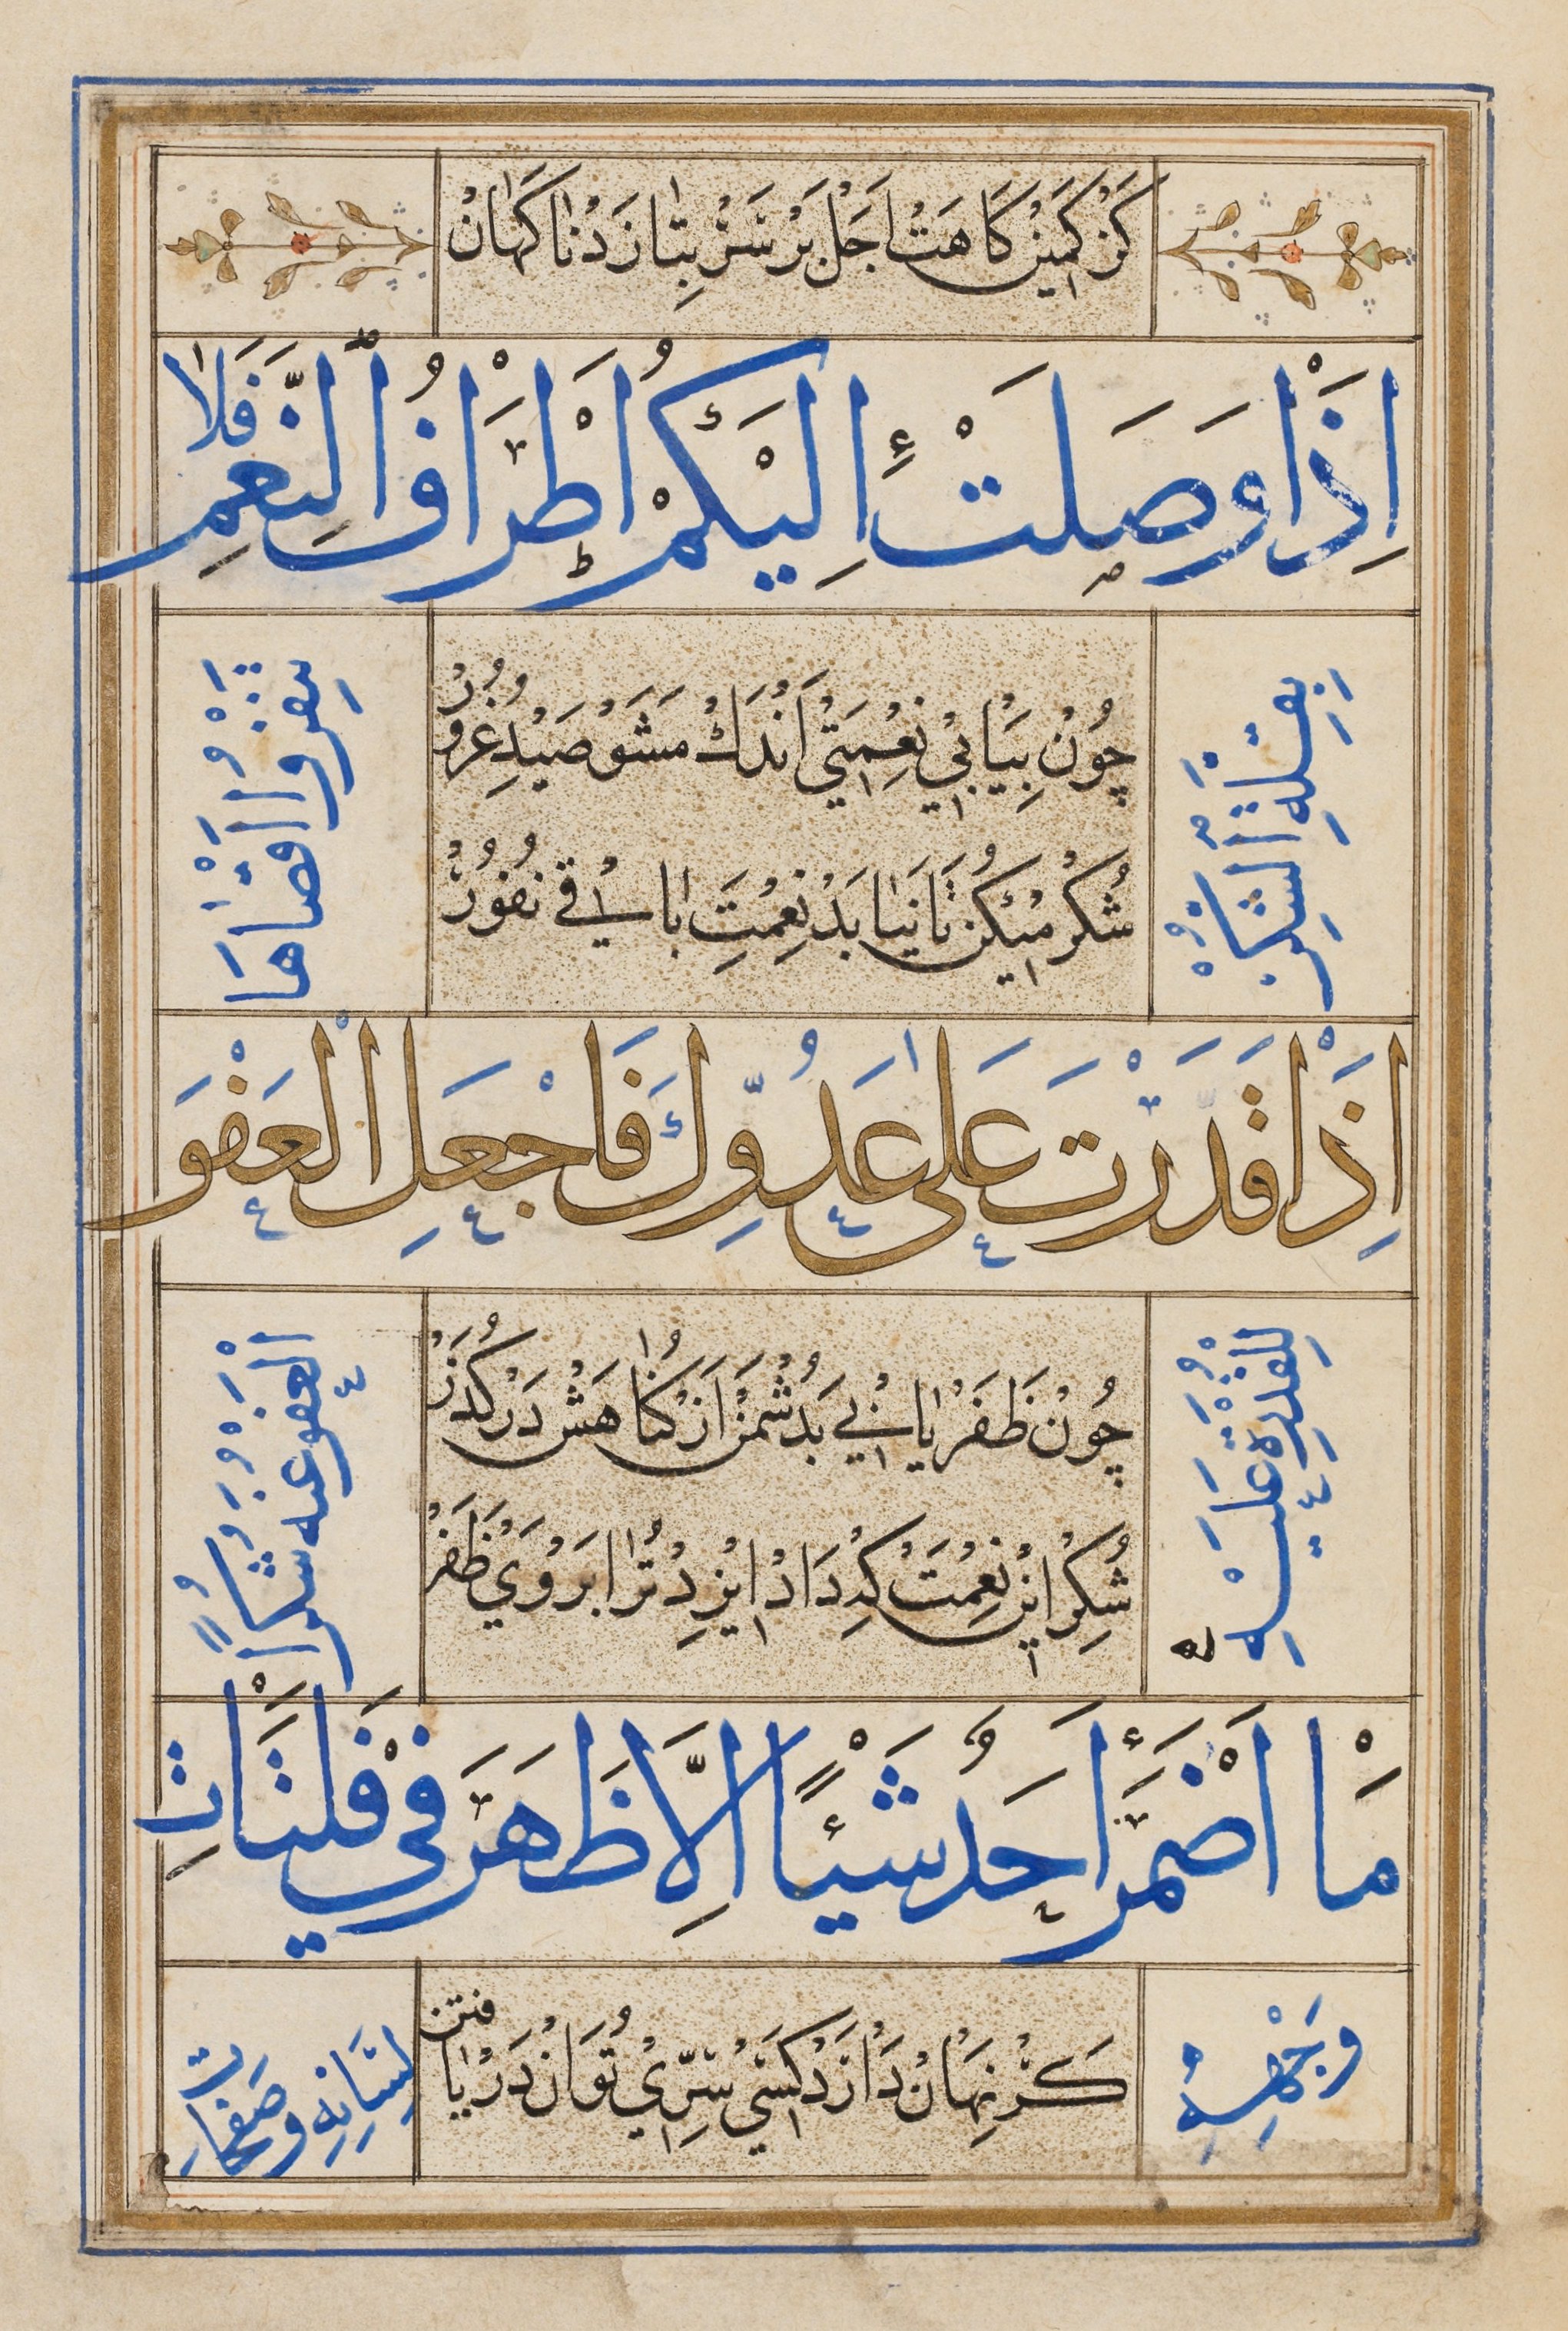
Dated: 1545–1545